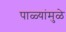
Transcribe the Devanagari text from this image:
पाळ्यांमुळे